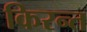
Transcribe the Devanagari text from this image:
किरन्त